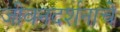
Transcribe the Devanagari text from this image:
जीवनदर्शनाचे